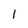
Character: 1